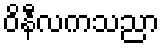
ဝိနီလကသညာ